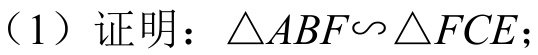
（1）证明：\(\triangle ABF\sim\triangle FCE\)；